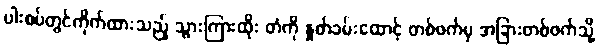
ပါးစပ်တွင်ကိုက်ထားသည့် သွားကြားထိုး တံကို နှုတ်ခမ်းထောင့် တစ်ဖက်မှ အခြားတစ်ဖက်သို့